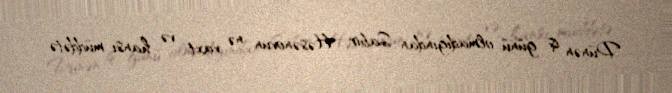
Dünən iş günü olmadığından Sabir Həsənovun nə vaxt və hansı müddətə